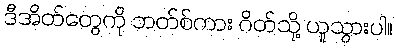
ဒီအိတ်တွေကို ဘတ်စ်ကား ဂိတ်သို့ ယူသွားပါ။